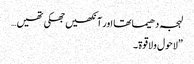
لہجہ دھیما تھا اور آنکھیں جھکی تھیں…
”لاحول ولاقوۃ۔